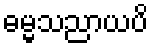
ဓမ္မသညာယပိ